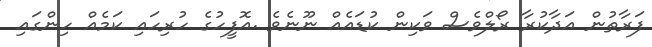
ފަރާތުން އަދާކުރާ ރޯލްވެސް ވަކިން ކުޑައެއް ނޫނެވެ .އޮފީހުގެ ހުރިހައި ކަމެއް ހިންގައި